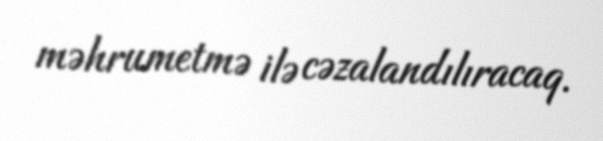
məhrumetmə ilə cəzalandılıracaq.